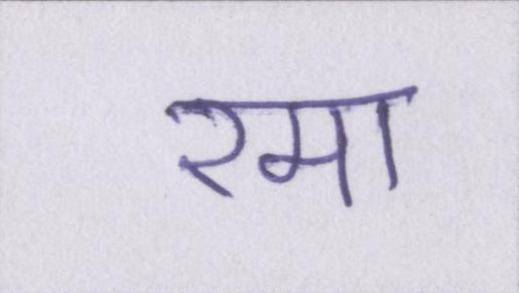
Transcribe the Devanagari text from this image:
रमा